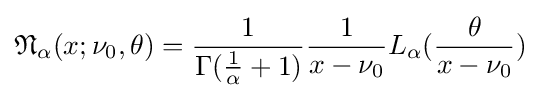
{\mathfrak {N}}_{\alpha }(x;\nu _{0},\theta )={\frac {1}{\Gamma ({\frac {1}{\alpha }}+1)}}{\frac {1}{x-\nu _{0}}}L_{\alpha }({\frac {\theta }{x-\nu _{0}}})